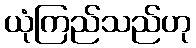
ယုံကြည်သည်ဟု